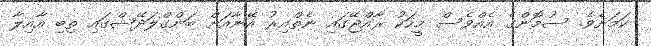
ކަމަށެވެ. ސުމޮންގެ އެއްވެސް މީހަކު ރާއްޖޭގައި ނެތްއިރު އޭނާއަށް ބަންގްލަދޭޝްގައި ތިބި އާއިލާ